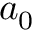
a _ { 0 }